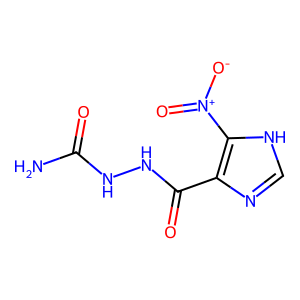
SMILES: NC(=O)NNC(=O)c1nc[nH]c1[N+](=O)[O-]
Inhibits HIV replication: No